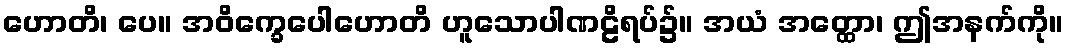
ဟောတိ၊ ပေ။ အဝိက္ခေပေါဟောတိ ဟူသောပါဏဠိရပ်၌။ အယံ အတ္ထော၊ ဤအနက်ကို။